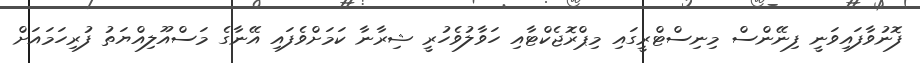
ފޮނުވާފައިވަނީ ފިނޭންސް މިނިސްޓްރީގައި މިޕްރޮޖެކްޓާއި ހަވާލުވެހުރީ ޝިރާނާ ކަމަށްވެފައި އޭނާގެ މަސްއޫލިއްޔަތު ފުރިހަމައަށް